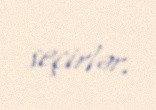
seçirlər.